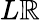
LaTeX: L\mathbb{R}